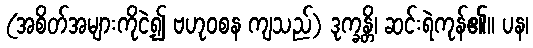
(အစိတ်အများကိုငဲ့၍ ဗဟုဝစန ကျသည်) ဒုက္ခန္တိ၊ ဆင်းရဲကုန်၏။ ပန၊